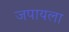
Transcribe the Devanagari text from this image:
जपायला